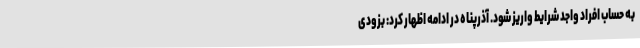
به حساب افراد واجد شرایط واریز شود. آذرپناه در ادامه اظهار کرد: بزودی